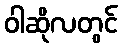
ဝါဆိုလတွင်